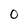
Character: 0